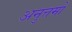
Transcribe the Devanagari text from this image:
अनुत्तमो